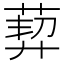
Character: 𦳴